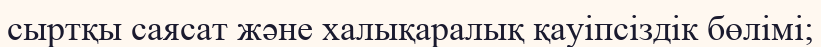
сыртқы саясат және халықаралық қауіпсіздік бөлімі;